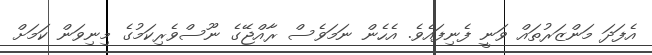
އެފަދަ މަންޒަރުތައް ވަނީ ފެނިފައެވެ. އެހެން ނަމަވެސް ރާއްޖޭގެ ނޫސްވެރިކަމުގެ މިނިވަން ކަމަށް